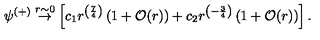
\psi ^ { ( + ) } \stackrel { r \sim 0 } { \rightarrow } \left[ c _ { 1 } r ^ { \left( { \frac { 7 } { 4 } } \right) } \left( 1 + { \cal O } ( r ) \right) + c _ { 2 } r ^ { \left( - { \frac { 3 } { 4 } } \right) } \left( 1 + { \cal O } ( r ) \right) \right] .